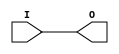
// $Header: /devl/xcs/repo/env/Databases/CAEInterfaces/verunilibs/data/unisims/BUF.v,v 1.6 2007/05/23 21:43:33 patrickp Exp $
///////////////////////////////////////////////////////////////////////////////
// Copyright (c) 1995/2004 Xilinx, Inc.
// All Right Reserved.
///////////////////////////////////////////////////////////////////////////////
//   ____  ____
//  /   /\/   /
// /___/  \  /    Vendor : Xilinx
// \   \   \/     Version : 10.1
//  \   \         Description : Xilinx Functional Simulation Library Component
//  /   /                  General Purpose Buffer
// /___/   /\     Filename : BUF.v
// \   \  /  \    Timestamp : Thu Mar 25 16:42:13 PST 2004
//  \___\/\___\
//
// Revision:
//    03/23/04 - Initial version.
//    05/23/07 - Changed timescale to 1 ps / 1 ps.

`timescale  1 ps / 1 ps


module BUF (O, I);

    output O;

    input  I;

	buf B1 (O, I);


endmodule